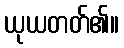
ယုယတတ်၏။